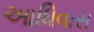
આધિવાસ